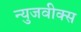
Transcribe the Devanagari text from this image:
न्युजवीक्स